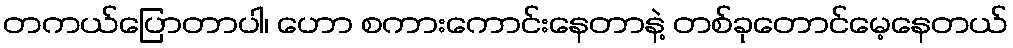
တကယ်ပြောတာပါ၊ ဟော စကားကောင်းနေတာနဲ့ တစ်ခုတောင်မေ့နေတယ်